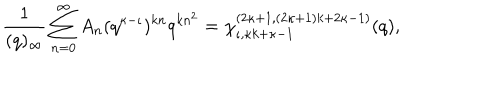
\frac { 1 } { ( q ) _ { \infty } } \sum _ { n = 0 } ^ { \infty } A _ { n } ( q ^ { \kappa - \iota } ) ^ { k n } q ^ { k n ^ { 2 } } = \chi _ { \iota , \kappa k + \kappa - 1 } ^ { ( 2 \kappa + 1 , ( 2 \kappa + 1 ) k + 2 \kappa - 1 ) } ( q ) ,